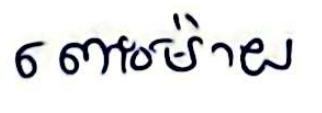
ពោះម៉ាយ